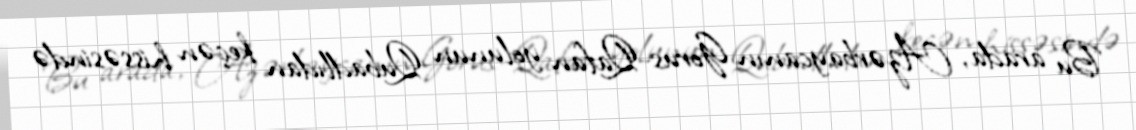
Bu arada, Azərbaycanın Gorus-Qafan yolunun Qubadlıdan keçən hissəsində